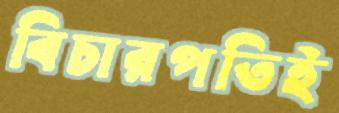
বিচারপতিই